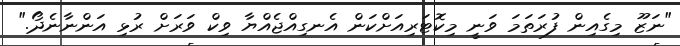
"ނަޒޫ މިގެއިން ފުރަތަމަ ވަނީ މިކޮޓަރިއަށްކަން އެނގިއްޖެއްޔާ ވިކް ވަރަށް ރުޅި އަންނާނެދޯ."